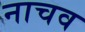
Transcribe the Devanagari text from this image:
नाचव